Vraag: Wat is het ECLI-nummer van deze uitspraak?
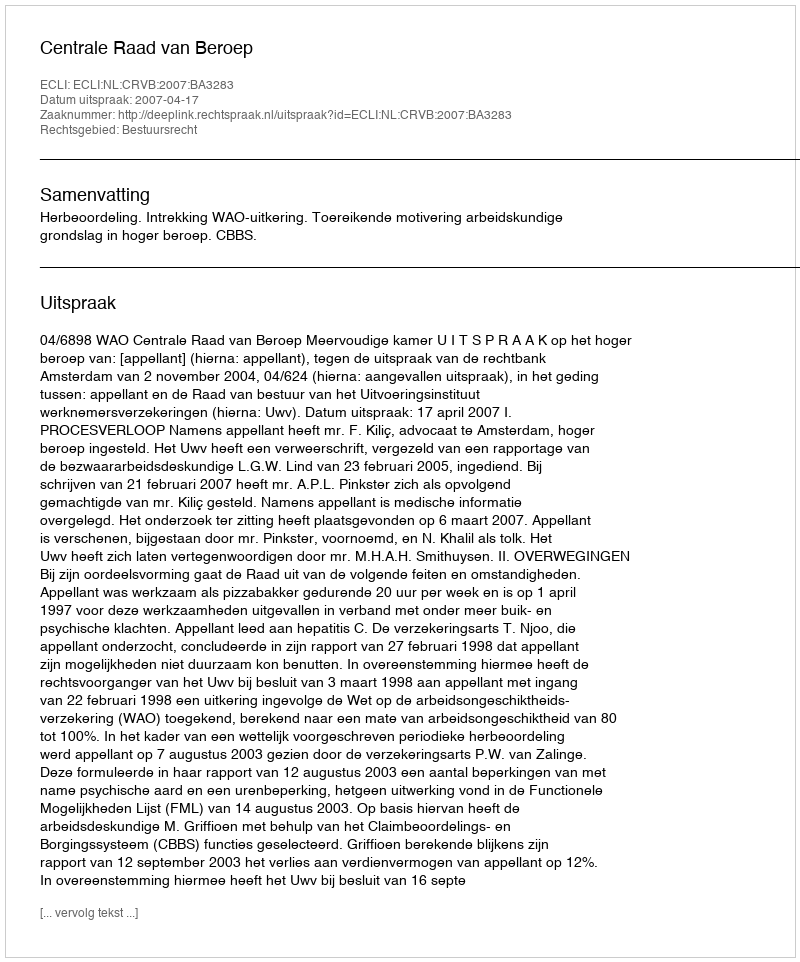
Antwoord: ECLI:NL:CRVB:2007:BA3283